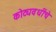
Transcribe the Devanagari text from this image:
कोट्यवधींचे